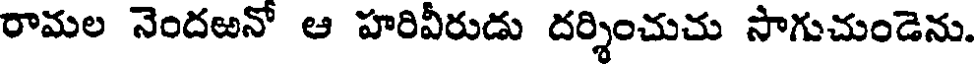
రామల నెందఱనో ఆ హరివీరుడు దర్శించుచు సాగుచుండెను.